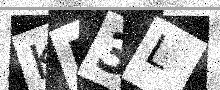
Text: KM3L